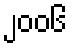
၂၀၀၆